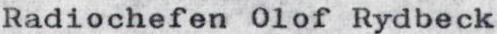
Radiochefen Olof Rydbeck